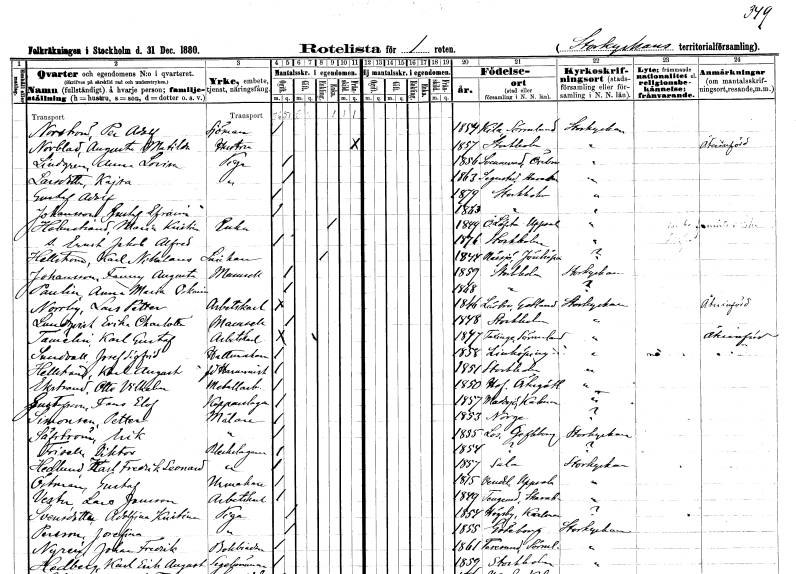
gt_parse: households: individuals: FN: Per Adolf
EN: Norström
YRKE: Sjöman
KON: M
CIV: O
FODAR: 1854
FODFORS: Kila Södermanlands län
FN: Augusta Matilda
EN: Norblad
YRKE: Hustru
KON: K
CIV: X
FODAR: 1857
FODFORS: Stockholm
FN: Anna Lovisa
EN: Lindgren
YRKE: Piga
KON: K
CIV: O
FODAR: 1856
FODFORS: Svennevad Örebro län
FN: Kajsa
EN: Larsdotter
YRKE: Piga
KON: K
CIV: O
FODAR: 1863
FODFORS: Segerstad Skaraborgs län
FN: Gustaf Adolf
KON: M
CIV: O
FODAR: 1879
FODFORS: Stockholm
FN: Gustaf Efraim
EN: Johansson
KON: M
CIV: O
FODAR: 1863
FODFORS: Stockholm
FN: Maria Krisina
EN: Holmstrand
YRKE: Änka
KON: K
CIV: E
FODAR: 1849
FODFORS: Österlövsta Uppsala län
FN: Ernst Jakob Alfred
KON: M
CIV: O
FODAR: 1876
FODFORS: Stockholm
FN: Karl Nikolaus
EN: Hellström
YRKE: Snickare
KON: M
CIV: E
FODAR: 1844
FODFORS: Nässjö Jönköpings län
FN: Fanny Augusta
EN: Johansson
KON: K
CIV: O
FODAR: 1859
FODFORS: Stockholm
FN: Anna Maria Oskaria
EN: Paulin
KON: K
CIV: O
FODAR: 1868
FODFORS: Stockholm
FN: Lars Petter
EN: Norling
YRKE: Arbetskarl
KON: M
CIV: O
FODAR: 1846
FODFORS: Lärbro Gotlands län
FN: Erika Charlotta
EN: Lundqvist
KON: K
CIV: O
FODAR: 1848
FODFORS: Stockholm
FN: Karl Gustaf
EN: Tamelin
YRKE: Arbetskarl
KON: M
CIV: O
FODAR: 1847
FODFORS: Taxinge Stockholms län
FN: Josef Sigfrid
EN: Sundvall
YRKE: Hattmakare
KON: M
CIV: O
FODAR: 1858
FODFORS: Linköping Östergötlands län
FN: Karl August
EN: Hellstrand
YRKE: Harmonist f.d.
KON: M
CIV: O
FODAR: 1851
FODFORS: Stockholm
FN: Otto Vilhelm
EN: Ekstrand
YRKE: Metallarbetare
KON: M
CIV: O
FODAR: 1850
FODFORS: Hov Östergötlands län
FN: Frans Elof
EN: Gustafsson
YRKE: Kopparslagare
KON: M
CIV: O
FODAR: 1857
FODFORS: Madesjö Kalmar län
FN: Petter
EN: Simonsen
YRKE: Målare
KON: M
CIV: O
FODAR: 1853
FN: Erik
EN: Säfström
YRKE: Målare
KON: M
CIV: O
FODAR: 1855
FODFORS: Los Gävleborgs län
FN: Viktor
EN: Frisell
YRKE: Bleckslagare
KON: M
CIV: O
FODAR: 1854
FN: Karl Fredrik Leonard
EN: Hedlund
YRKE: Bleckslagare
KON: M
CIV: O
FODAR: 1857
FODFORS: Sala Västmanlands län
FN: Gustaf
EN: Östman
YRKE: Urmakare
KON: M
CIV: O
FODAR: 1815
FODFORS: Vendel Uppsala län
FN: Lars
EN: Vester Jansson
YRKE: Arbetskarl
KON: M
CIV: O
FODAR: 1849
FODFORS: Tengene Skaraborgs län
FN: Adolfina Kristina
EN: Svensdotter
YRKE: Piga
KON: K
CIV: O
FODAR: 1854
FODFORS: Högsby Kalmar län